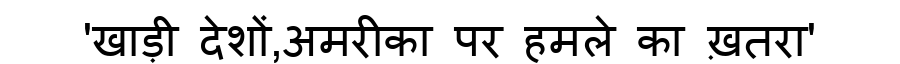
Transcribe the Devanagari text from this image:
'खाड़ी देशों,अमरीका पर हमले का ख़तरा'